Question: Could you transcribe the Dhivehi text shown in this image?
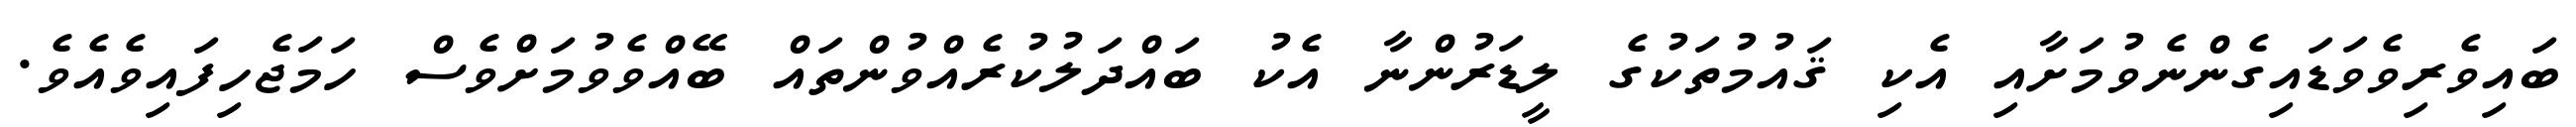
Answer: ބައިވެރިވެވަޑައިގެންނެވުމަށާއި އެކި ޤައުމުތަކުގެ ލީޑަރުންނާ އެކު ބައްދަލުކުރެއްވުންތައް ބޭއްވެވުމަށްވެސް ހަމަޖެހިފައިވެއެވެ.